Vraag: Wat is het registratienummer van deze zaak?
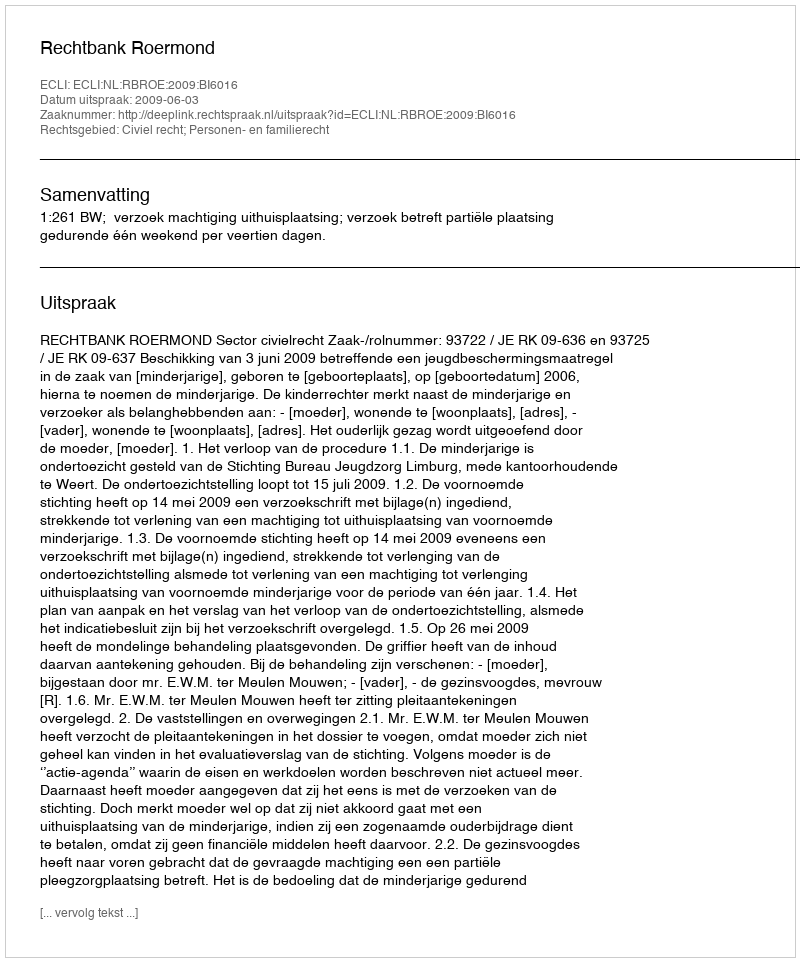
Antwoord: http://deeplink.rechtspraak.nl/uitspraak?id=ECLI:NL:RBROE:2009:BI6016